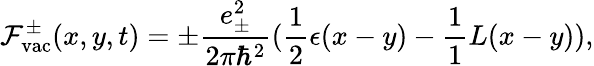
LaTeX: {\cal F}_{\mathrm{vac}}^{\pm}(x,y,t)=\pm\frac{e_{\pm}^{2}}{2{\pi}{\hbar}^{2}}(\frac{1}{2}\epsilon(x-y)-\frac{1}{1}{L}(x-y)),